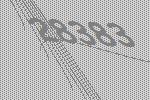
28383